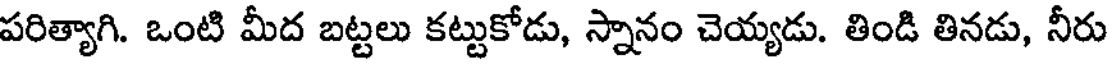
పరిత్యాగి. ఒంటి మీద బట్టలు కట్టుకోడు, స్నానం చెయ్యడు. తిండి తినడు, నీరు